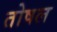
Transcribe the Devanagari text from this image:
तोषल